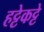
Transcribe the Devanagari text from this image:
हट्टेकट्टे